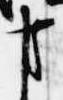
事